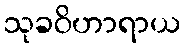
သုခဝိဟာရာယ